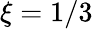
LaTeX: \xi=1/3